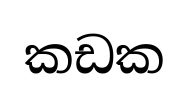
කඩක